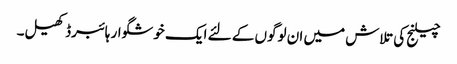
چیلنج کی تلاش میں ان لوگوں کے لئے ایک خوشگوار ہائبرڈ کھیل۔